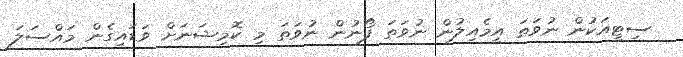
ސިޓީއަކުން ނުވަތަ އީމެއިލުން ނުވަތަ ފޯނުން ނުވަތަ މި ކޮމިޝަނަށް ވަޑައިގެން މައްސަލަ